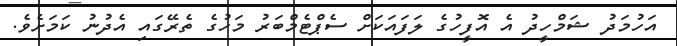
އަހުމަދު ޝަމްހީދު އެ އޮފީހުގެ ލަފައަކަށް ސެޕްޓެމްބަރު މަހުގެ ތެރޭގައި އެދުނު ކަމަށެވެ.